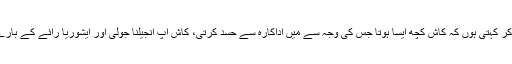
انہوں نے لکھا کہ ’’دوست ، خدا کو حاضر ناظر جان کر کہتی ہوں کہ کاش کچھ ایسا ہوتا جس کی وجہ سے میں اداکارہ سے حسد کرتی، کاش آپ انجیلنا جولی اور ایشوریا رائے کے بارے میں مجھ سے پوچھتی تو یہ ممکن بھی ہوسکتا تھا‘‘۔